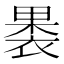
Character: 𮖐